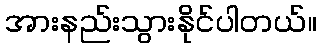
အားနည်းသွားနိုင်ပါတယ်။